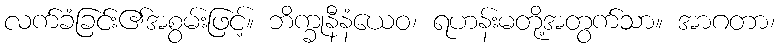
လက်ခံခြင်း၏အစွမ်းဖြင့်။ ဘိက္ခုနီနံယေဝ၊ ရဟန်းမတို့အတွက်သာ။ အာဂတာ၊